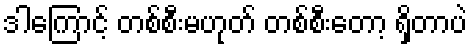
ဒါကြောင့် တစ်စီးမဟုတ် တစ်စီးတော့ ရှိတာပဲ